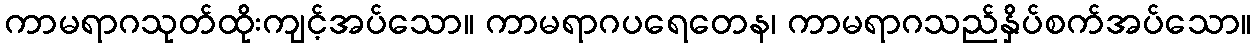
ကာမရာဂသုတ်ထိုးကျင့်အပ်သော။ ကာမရာဂပရေတေန၊ ကာမရာဂသည်နှိပ်စက်အပ်သော။